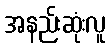
အနည်းဆုံးလူ